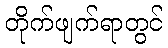
တိုက်ဖျက်ရာတွင်